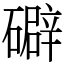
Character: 礔